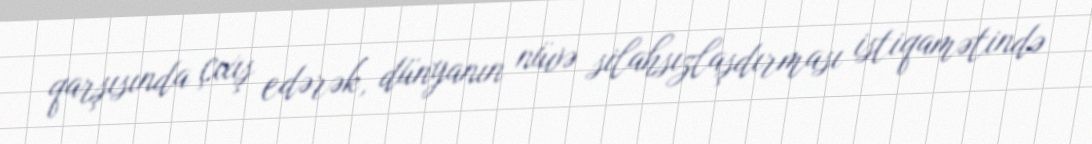
qarşısında çıxış edərək, dünyanın nüvə silahsızlaşdırması istiqamətində